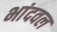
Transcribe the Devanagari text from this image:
भांदवल